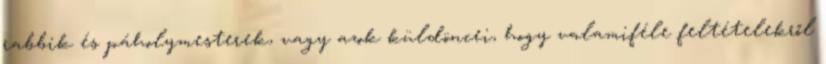
rabbik és páholymesterek, vagy azok küldöncei, hogy valamiféle feltételekről